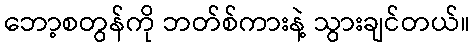
ဘော့စတွန်ကို ဘတ်စ်ကားနဲ့ သွားချင်တယ်။